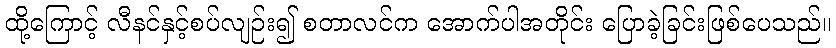
ထို့ကြောင့် လီနင်နှင့်စပ်လျဉ်း၍ စတာလင်က အောက်ပါအတိုင်း ပြောခဲ့ခြင်းဖြစ်ပေသည်။